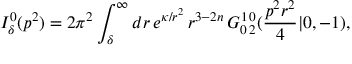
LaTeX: I _ { \delta } ^ { 0 } ( p ^ { 2 } ) = 2 \pi ^ { 2 } \int _ { \delta } ^ { \infty } d r \, e ^ { \kappa / r ^ { 2 } } \, r ^ { 3 - 2 n } \, G _ { 0 \, 2 } ^ { 1 \, 0 } ( \frac { p ^ { 2 } r ^ { 2 } } 4 | 0 , - 1 ) ,